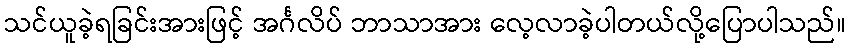
သင်ယူခဲ့ရခြင်းအားဖြင့် အင်္ဂလိပ် ဘာသာအား လေ့လာခဲ့ပါတယ်လို့ပြောပါသည်။